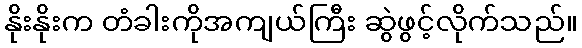
နိုးနိုးက တံခါးကိုအကျယ်ကြီး ဆွဲဖွင့်လိုက်သည်။